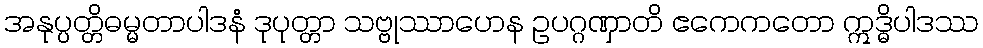
အနုပ္ပတ္တိဓမ္မတာပါဒနံ ဒုပုတ္တာ သဗ္ဗုဿာဟေန ဥပဂ္ဂဏှာတိ ဧကေကတော ဣဒ္ဓိပါဒဿ